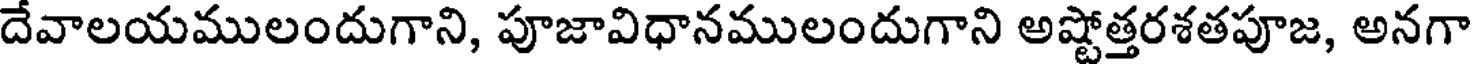
దేవాలయములందుగాని, పూజావిధానములందుగాని అష్టోత్తరశతపూజ, అనగా